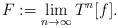
LaTeX: \begin{align*}F:=\lim_{n\to \infty} T^n[f]. \end{align*}